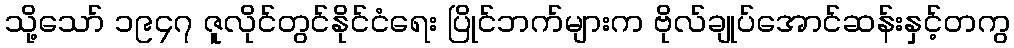
သို့သော် ၁၉၄၇ ဇူလိုင်တွင်နိုင်ငံရေး ပြိုင်ဘက်များက ဗိုလ်ချုပ်အောင်ဆန်းနှင့်တကွ